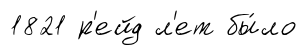
1821 р'ейд л'ет бы́ло